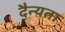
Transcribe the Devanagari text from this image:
दैन्यता